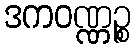
ဒကဝဏ္ဏဉ္စ